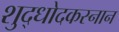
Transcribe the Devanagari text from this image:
शुद्धोदकस्नान